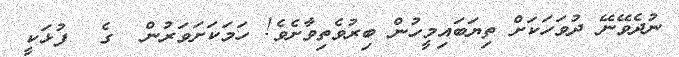
ނުދެވޭނޭ ދުވަހަކަށް ތިޔަބައިމީހުން ބިރުވެތިވާށެވެ! ހަމަކަށަވަރުން  ގެ  ފުޅަކީ